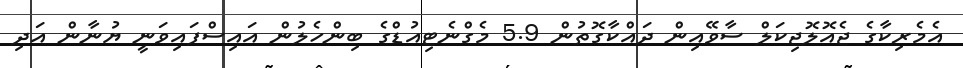
އެމެރިކާގެ ޖެއޮލޮޖިކަލް ސާވޭއިން ދައްކާގޮތުން 5.9 މެގްނެޓިއުޑްގެ ބިންހެލުން އައިސްފައިވަނީ ޔުނާން އަދި